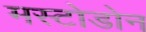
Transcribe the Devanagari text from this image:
मस्टोडोन